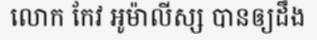
លោក កែវ អូម៉ាលីស្ស បានឲ្យដឹង